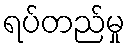
ရပ်တည်မှု